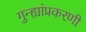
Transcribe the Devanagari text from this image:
गुन्ह्यांप्रकरणी